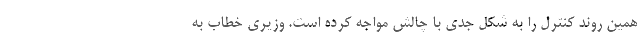
همین روند کنترل را به شکل جدی با چالش مواجه کرده است. وزیری خطاب به